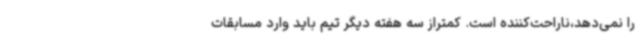
را نمی‌دهد،ناراحت‌کننده است. کمتراز سه هفته دیگر تیم باید وارد مسابقات